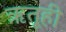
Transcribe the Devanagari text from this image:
ऋतूही